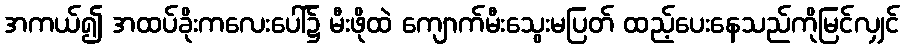
အကယ်၍ အထပ်ခိုးကလေးပေါ်၌ မီးဖိုထဲ ကျောက်မီးသွေးမပြတ် ထည့်ပေးနေသည်ကိုမြင်လျှင်